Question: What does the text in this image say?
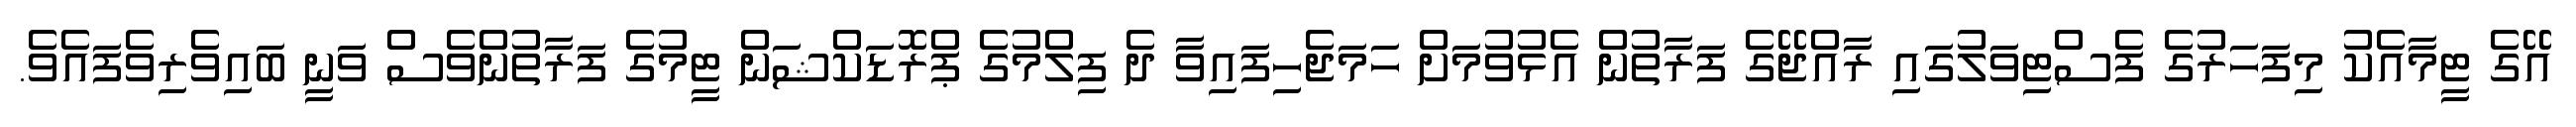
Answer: އޭގެ ޓީމާއެކު މިފަހަރުގެ ފެސްޓިވަލުގައި ރާއްޖޭގެ ފަރާތުން އެޅުވުމަށް ހަމަޖެހިފައިވާ ދެ ފިލްމުގެ ޕްރޮޑަކްޝަން ޓީމުގެ ފަރާތުންވެސް ވަނީ ބައިވެރިވެފައެވެ.